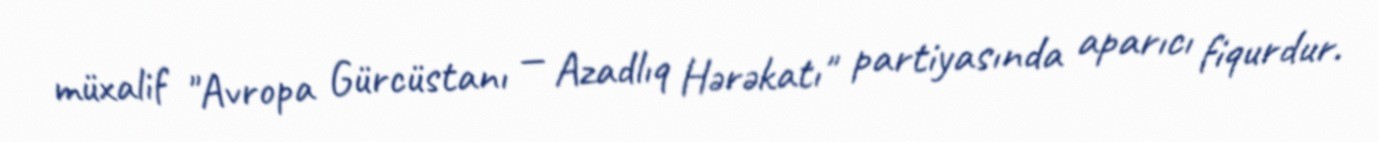
müxalif "Avropa Gürcüstanı — Azadlıq Hərəkatı" partiyasında aparıcı fiqurdur.